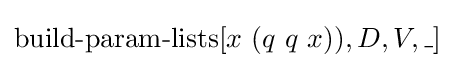
\operatorname {build-param-lists} [x\ (q\ q\ x)),D,V,\_]